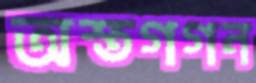
অস্তগগন